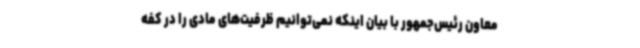
معاون رئیس‌جمهور با بیان اینکه نمی‌توانیم ظرفیت‌های مادی را در کفه